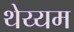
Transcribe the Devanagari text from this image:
थेय्यम